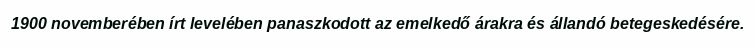
1900 novemberében írt levelében panaszkodott az emelkedő árakra és állandó betegeskedésére.